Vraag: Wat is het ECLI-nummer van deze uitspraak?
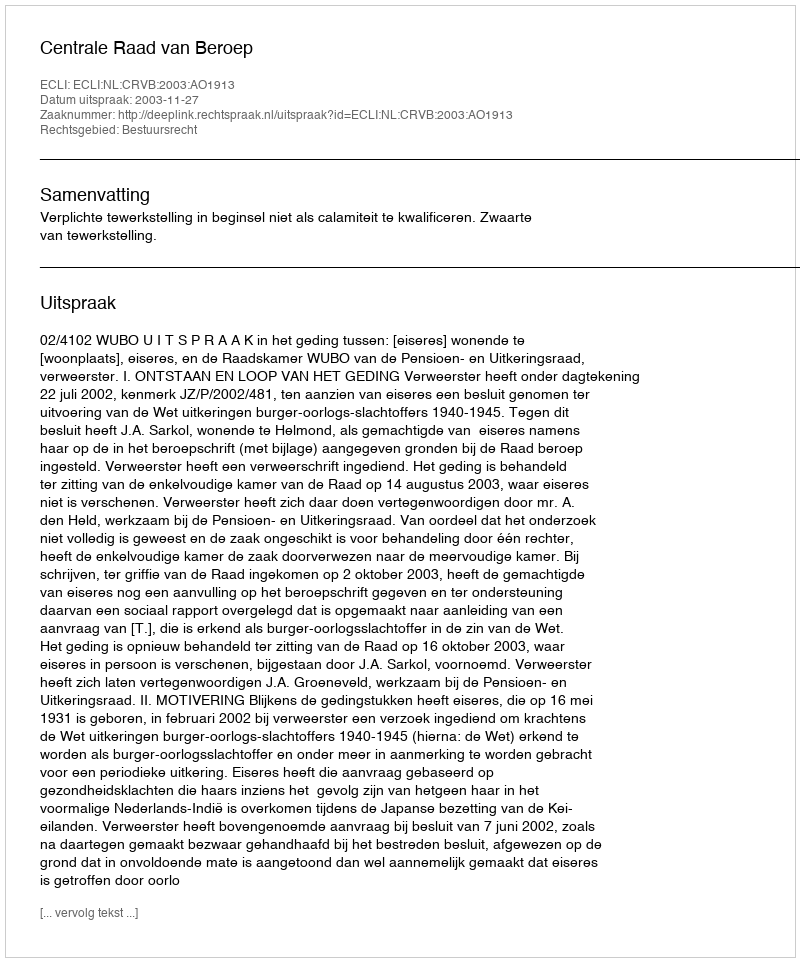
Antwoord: ECLI:NL:CRVB:2003:AO1913